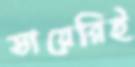
ডায়েরিই